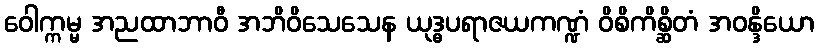
ဝေါက္ကမ္မ အညထာဘာဝီ အဘိဝိသေသေန ယုဒ္ဓပရာဇယကဏ္ဍံ ဝိစိကိစ္ဆိတံ အဝန္ဒိယော